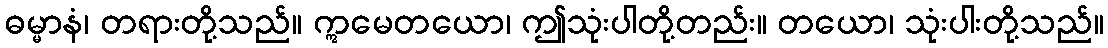
ဓမ္မာနံ၊ တရားတို့သည်။ ဣမေတယော၊ ဤသုံးပါတို့တည်း။ တယော၊ သုံးပါးတို့သည်။